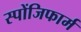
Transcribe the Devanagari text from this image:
स्पोंजिफार्म